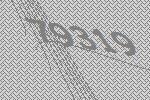
79319